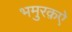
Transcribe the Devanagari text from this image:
भमुरक़ऐ